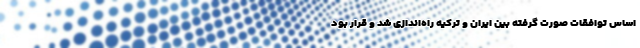
اساس توافقات صورت گرفته بین ایران و ترکیه راه‌اندازی شد و قرار بود